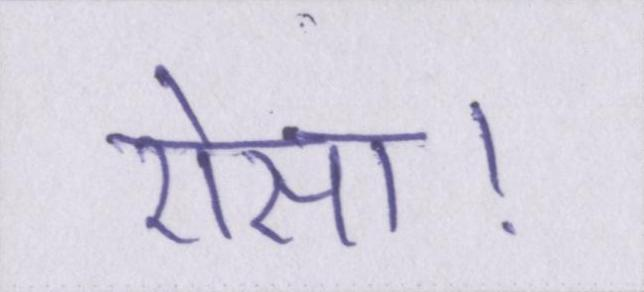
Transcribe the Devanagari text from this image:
ऐसा।